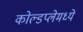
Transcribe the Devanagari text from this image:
कोल्डप्लेमध्ये